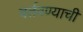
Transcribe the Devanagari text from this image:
वर्तवण्याची